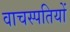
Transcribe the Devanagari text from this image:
वाचस्पतियों